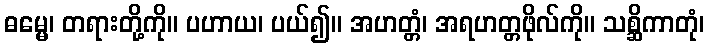
ဓမ္မေ၊ တရားတို့ကို။ ပဟာယ၊ ပယ်၍။ အဟတ္တံ၊ အရဟတ္တဖိုလ်ကို။ သစ္ဆိကာတုံ၊